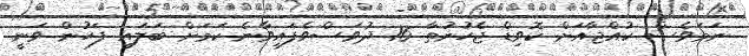
ނަމަވެސް ކުއްޖާއަށް ކޮވިޑް ޖެހުނުތާ 16 ދުވަސްވެފައިވާނެ ކަމަށް ބަލައި ފަހުން ވަނީ